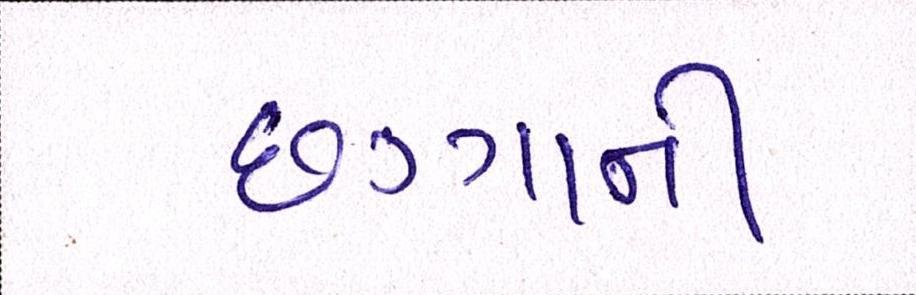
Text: છગ્ગાની